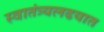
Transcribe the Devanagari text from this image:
स्वातंत्र्यलढयात